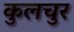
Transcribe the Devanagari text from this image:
कुलचुर